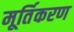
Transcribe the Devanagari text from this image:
मूर्तिकरण